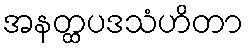
အနတ္ထပဒသံဟိတာ